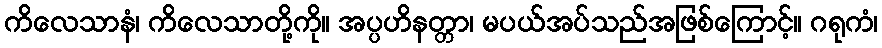
ကိလေသာနံ၊ ကိလေသာတို့ကို။ အပ္ပဟိနတ္တာ၊ မပယ်အပ်သည်အဖြစ်ကြောင့်။ ဂရုကံ၊